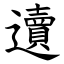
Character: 䢱